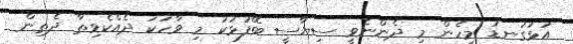
އަޅުގަނޑު މިހެން މި ދެންނެވީ ސިޔާސީ ބޭފުޅަކު މި ވާހަކަ ދެއްކެވިތާ ދެތިން